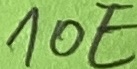
Text: 10E